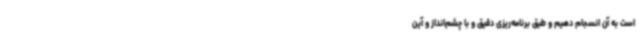
است به آن انسجام دهیم و طبق برنامه‌ریزی دقیق و با چشم‌انداز و آین